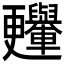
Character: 𣍛